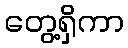
တွေ့ရှိကာ